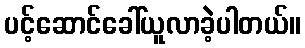
ပင့်ဆောင်ခေါ်ယူလာခဲ့ပါတယ်။